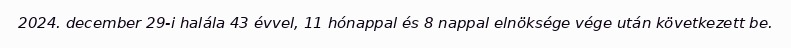
2024. december 29-i halála 43 évvel, 11 hónappal és 8 nappal elnöksége vége után következett be.